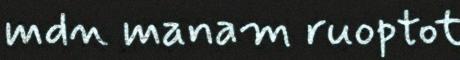
mdn manam ruoptot